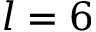
l = 6